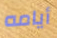
أيامه